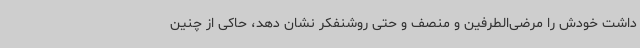
داشت خودش را مرضی‌الطرفین و منصف و حتی روشنفکر نشان دهد، حاکی از چنین